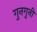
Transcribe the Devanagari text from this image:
गुनगुनी